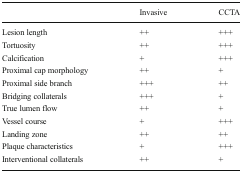
<table><thead><tr><td></td><td><b>Invasive</b></td><td><b>CCTA</b></td></tr></thead><tbody><tr><td>Lesion length</td><td>++</td><td>+++</td></tr><tr><td>Tortuosity</td><td>++</td><td>+++</td></tr><tr><td>Calcification</td><td>+</td><td>+++</td></tr><tr><td>Proximal cap morphology</td><td>++</td><td>+</td></tr><tr><td>Proximal side branch</td><td>+++</td><td>++</td></tr><tr><td>Bridging collaterals</td><td>+++</td><td>+</td></tr><tr><td>True lumen flow</td><td>++</td><td>+</td></tr><tr><td>Vessel course</td><td>+</td><td>+++</td></tr><tr><td>Landing zone</td><td>++</td><td>++</td></tr><tr><td>Plaque characteristics</td><td>+</td><td>+++</td></tr><tr><td>Interventional collaterals</td><td>++</td><td>+</td></tr></tbody></table>